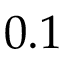
0 . 1